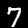
Label: 7